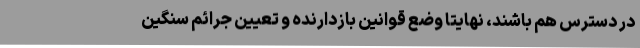
در دسترس هم باشند، نهایتا وضع قوانین بازدارنده و تعیین جرائم سنگین